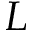
L